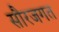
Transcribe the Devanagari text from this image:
सौरजगत